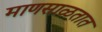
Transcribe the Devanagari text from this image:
माणसाळतात